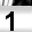
Digit: 1